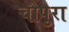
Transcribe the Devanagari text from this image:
चौपुरा